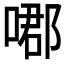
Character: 𠹴